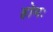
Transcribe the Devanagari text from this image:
होमः